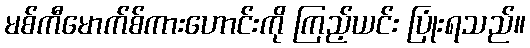
မစ်ကီမောက်စ်ကားဟောင်းကို ကြည့်ယင်း ပြုံးရသည်။